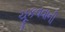
ચૂકવવાની